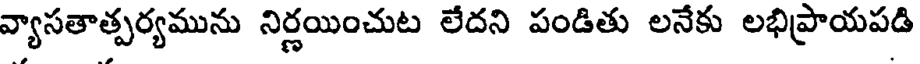
వ్యాసతాత్పర్యమును నిర్ణయించుట లేదని పండితు లనేకు లభిప్రాయపడి